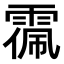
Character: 𩃥